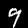
Label: 9